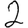
Digit: 2